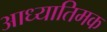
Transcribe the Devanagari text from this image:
आध्यातिमक